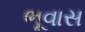
ભૂવાસ